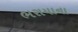
ભરાયાના